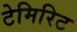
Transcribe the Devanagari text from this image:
टेमिरिट